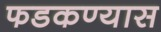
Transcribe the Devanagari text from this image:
फडकण्यास